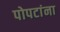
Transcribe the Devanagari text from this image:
पोपटांना